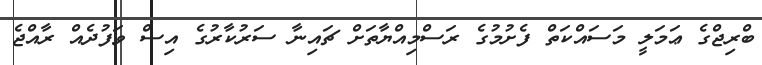
ބްރިޖްގެ ޢަމަލީ މަސައްކަތް ފެށުމުގެ ރަސްމިއްޔާތަށް ޗައިނާ ސަރުކާރުގެ އިސް ވަފުދެއް ރާއްޖެ